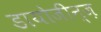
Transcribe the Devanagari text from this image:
डायोजीन्ज़